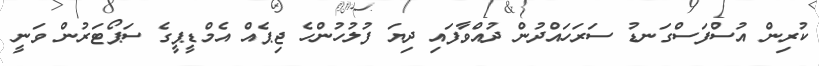
ކުރިން އުސްފަސްގަނޑު ސަރަހައްދުން ދުއްވާފައި ދިޔަ ފުލުހުންހެ ޖިޕެއް އެމްޑީޕީގެ ސަޕޯޓަރުން ވަނީ